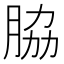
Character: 脇